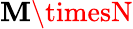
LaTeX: \mathbf{M}\timesN